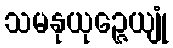
သမနုယုဉ္ဇေယျုံ